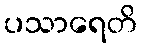
ပသာရေတိ